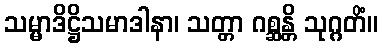
သမ္မာဒိဋ္ဌိသမာဒါနာ၊ သတ္တာ ဂစ္ဆန္တိ သုဂ္ဂတိံ။